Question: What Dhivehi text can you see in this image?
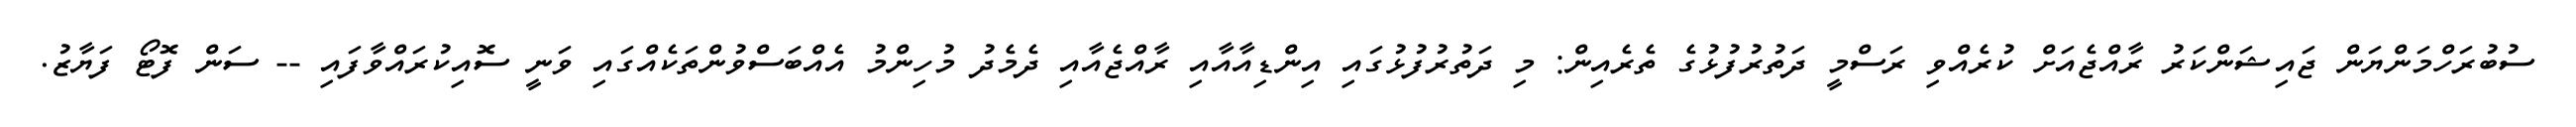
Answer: ސުބުރަހްމަންޔަން ޖައިޝަންކަރު ރާއްޖެއަށް ކުރެއްވި ރަސްމީ ދަތުރުފުޅުގެ ތެރެއިން: މި ދަތުރުފުޅުގައި އިންޑިއާއާއި ރާއްޖެއާއި ދެމެދު މުހިންމު އެއްބަސްވުންތަކެއްގައި ވަނީ ސޮއިކުރައްވާފައި -- ސަން ފޮޓޯ ފަޔާޒު.